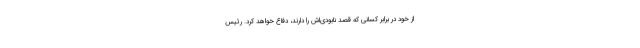
از خود در برابر کسانی که قصد نابودی‌اش را دارند، دفاع خواهد کرد. رئیس